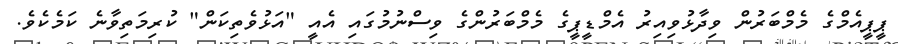
ޕީޕީއެމްގެ މެމްބަރުން ވިދާޅުވިއިރު އެމްޑީޕީގެ މެމްބަރުންގެ ވިސްނުމުގައި އެއީ "އަޅުވެތިކަން" ކުރިމަތިވާނެ ކަމެކެވެ.